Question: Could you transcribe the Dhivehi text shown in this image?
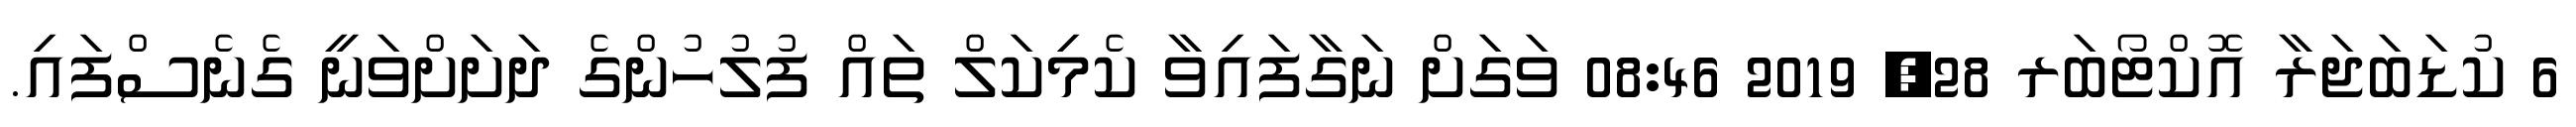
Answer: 6 ކުޑަބަޖަރާ އޮކްޓޯބަރ 28, 2019 08:46 ވަގަށް ނަގާފައިވާ ކެމިކަލް ތައް ފުލުހުންގެ ދަށަށްވަނީ ގެނެސްފައި.